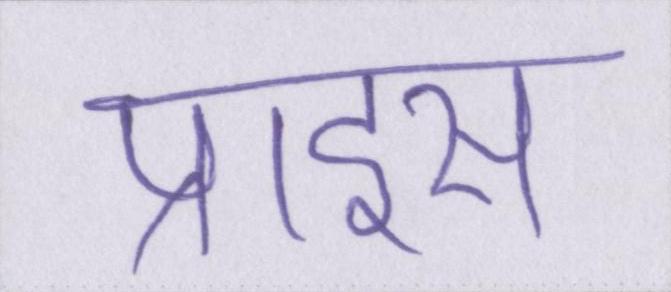
प्राइस